Reports on military cantonments and civil stations in the Presidency of Bombay inspected by the Sanitary Commissioner in the years 1875 and 1876
Year: 1875
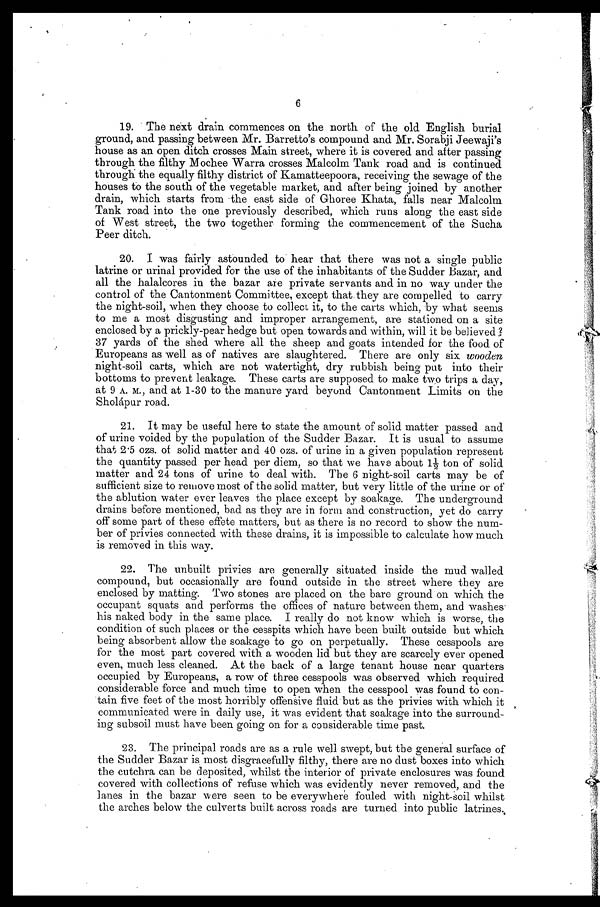
6
19.
The next drain commences on the north of the old. English burial
ground, and passing between Mr. Barrette's compound and Mr. Sorabji Jeewaji's
house as an open ditch crosses Main street, where it is covered and after passing
through the filthy Mochee Warra crosses Malcolm Tank road and is continued
through the equally filthy district of Kamatteepoora, receiving the sewage of the
houses to the south of the vegetable market, and after being joined by another
drain, which starts from -the east side of Ghoree Khata, falls near Malcolm
Tank road into the one previously described, which runs along the east side
of West street, the two together forming the commencement of the Sucha
Peer ditch.
20.
I was fairly astounded to hear that there was not a single public
latrine or urinal provided for the use of the inhabitants of the Sudder Bazar, and
all the halalcores in the bazar are private servants and in no way under the
control of the Cantonment Committee, except that they are compelled to carry
the night-soil, when they choose to collect it, to the carts which, by what seems
to me a most disgusting and improper arrangement, are stationed on a site
enclosed by a prickly-pear hedge but open towards and within, will it be believed
? 37 yards of the shed where all the sheep and goats intended for the food of
Europeans as well as of natives are slaughtered. There are only six wooden
night-soil carts, which are not watertight, dry rubbish being put into their
bottoms to prevent leakage. These carts are supposed to make two trips a day,
at 9 A. M., and at 1-30 to the manure yard beyond Cantonment Limits on the
Sholápur road.
21. It may be useful here to state the amount of solid matter passed and
of urine voided by the population of the Sudder Bazar. It is usual to assume
that 2 .5 ozs. of solid matter and 40 ozs. of urine in a given population represent
the quantity passed per head per diem, so that we have about 1½ ton of solid
matter and 24 tons of urine to deal with. The 6 night-soil carts may be of
sufficient size to remove most of the solid matter, but very little of the urine or of
the ablution water ever leaves the place except by soakage. The underground
drains before mentioned, bad as they are in form and construction, yet do carry
off some part of these effete matters, but as there is no record to show the num-
ber of privies connected with these drains, it is impossible to calculate how much
is removed in this way.
22. The unbuilt privies are generally situated inside the mud walled
compound, but occasionally are found outside in the street where they are
enclosed by matting. Two stones are placed on the bare ground on which the
occupant squats and performs the offices of nature between them, and washes
his naked body in the same place. I really do not know which is worse, the
condition of such places or the cesspits which have been built outside but which
being absorbent allow the soakage to go on perpetually. These cesspools are
for the most part covered with a wooden lid but they are scarcely ever opened
even, much less cleaned. At the back of a large tenant house near quarters
occupied by Europeans, a row of three cesspools was observed which required
considerable force and much time to open when the cesspool was found to con-
tain five feet of the most horribly offensive fluid but as the privies with which it
communicated were in daily use, it was evident that soakage into the surround-
ing subsoil must have been going on for a considerable time past.
23. The principal roads are as a rule well swept, but the general surface of
the Sudder Bazar is, most disgracefully filthy, there are no dust boxes into which
the cutchra can be deposited, whilst the interior of private enclosures was found
covered with collections of refuse which was evidently never removed, and the
lanes in the bazar were seen to be everywhere fouled with night-soil whilst
the arches below the culverts built across roads are turned into public latrines.,